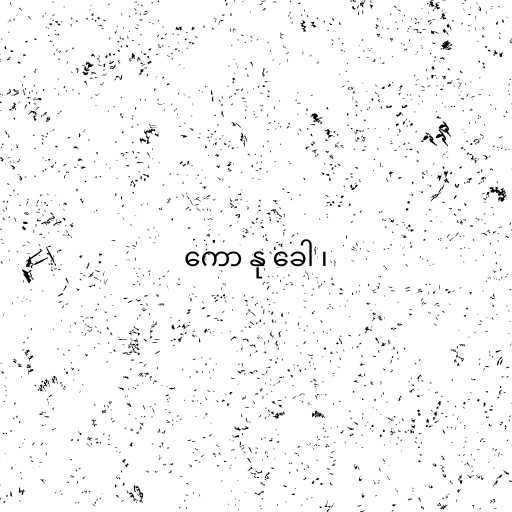
ကော နု ခေါ ၊